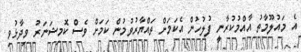
އެ މައުލޫމާތު އާއްމުކުރާނީ ފުލުހުން އެކަމަށް ތައްޔާރުވުމުން ކަމަށް ވެސް ކޮމިޝަނަރު ވިދާޅުވި